Annual report of the Madras Medical College
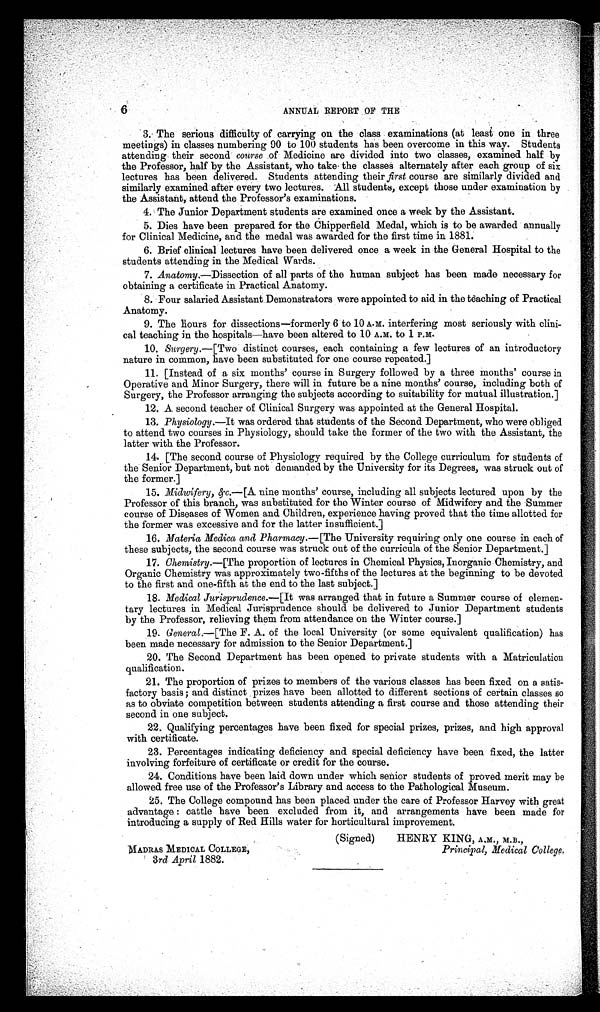
6
ANNUAL REPORT OF THE
3. The serious difficulty of carrying on the class examinations (at least one in three
meetings) in classes numbering 90 to 100 students has been overcome in this way. Students
attending their second course of Medicine are divided into two classes, examined half by
the Professor, half by the Assistant, who take the classes alternately after each group of six
lectures has been delivered. Students attending their first course are similarly divided and
similarly examined after every two lectures. All students, except those under examination by
the Assistant, attend the Professor's examinations.
4. The Junior Department students are examined once a week by the Assistant.
5. Dies have been prepared for the Chipperfield Medal, which is to be awarded annually
for Clinical Medicine, and the medal was awarded for the first time in 1881.
6. Brief clinical lectures have been delivered once a week in the General Hospital to the
students attending in the Medical Wards.
7. Anatomy .—Dissection of all parts of the human subject has been made necessary for
obtaining a certificate in Practical Anatomy.
8. Four salaried Assistant Demonstrators were appointed to aid in the teaching of Practical
Anatomy.
9. The hours for dissections—formerly 6 to 10 A.M . interfering most seriously with clini-
cal teaching in the hospitals—have been altered to 10 A.M. to 1 P.M.
10. Surgery.—[Two distinct courses, each containing a few lectures of an introductory
nature in common, have been substituted for one course repeated.]
11. [Instead of a six months' course in Surgery followed by a three months' course in
Operative and Minor Surgery, there will in future be a nine months' course, including both of
Surgery, the Professor arranging the subjects according to suitability for mutual illustration.]
12. A second teacher of Clinical Surgery was appointed at the General Hospital.
13. Physiology .—It was ordered that students of the Second Department, who were obliged
to attend two courses in Physiology, should take the former of the two with the Assistant, the
latter with the Professor.
14. [The second course of Physiology required by the College curriculum for students of
the Senior Department, but not demanded by the University for its Degrees, was struck out of
the former.]
15. Midwifery,&c.—[A nine months' course, including all subjects lectured upon by the
Professor of this branch, was substituted for the Winter course of Midwifery and the Summer
course of Diseases of Women and Children, experience having proved that the time allotted for
the former was excessive and for the latter insufficient.]
16. Materia Medica and Pharmacy .— [The University requiring only one course in each of
these subjects, the second course was struck out of the curricula of the Senior Department.]
17. Chemistry.—[The proportion of lectures in Chemical Physics, Inorganic Chemistry, and
Organic Chemistry was approximately two-fifths of the lectures at the beginning to be devoted
to the first and one-fifth at the end to the last subject.]
18. Medical Jurisprudence.—[It was arranged that in future a Summer course of elemen-
tary lectures in Medical Jurisprudence should be delivered to Junior Department students
by the Professor, relieving them from attendance on the Winter course.]
19. General.—[The F. A. of the local University (or some equivalent qualification) has
been made necessary for admission to the Senior Department.]
20. The Second Department has been opened to private students with a Matriculation
qualification.
21. The proportion of prizes to members of the various classes has been fixed on a satis-
factory basis ; and distinct prizes have been allotted to different sections of certain classes so
as to obviate competition between students attending a first course and those attending their
second in one subject.
22. Qualifying percentages have been fixed for special prizes, prizes, and high approval
with certificate.
23. Percentages indicating deficiency and special deficiency have been fixed, the latter
involving forfeiture of certificate or credit for the course.
24. Conditions have been laid down under which senior students of proved merit may be
allowed free use of the Professor's Library and access to the Pathological Museum.
25. The College compound has been placed under the care of Professor Harvey with great
advantage : cattle have been excluded from it, and arrangements have been made for
introducing a supply of Red Hills water for horticultural improvement.
(Signed)
HENRY KING, A.M., M.B
. ,
MADRAS MEDICAL COLLEGE ,
3rd April 1882.